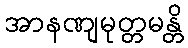
အာနဏျမုတ္တမန္တိ